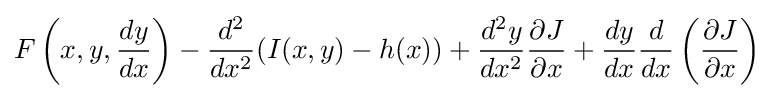
F\left(x,y,{dy \over dx}\right)-{d^{2} \over dx^{2}}(I(x,y)-h(x))+{d^{2}y \over dx^{2}}{\partial J \over \partial x}+{dy \over dx}{d \over dx}\left({\partial J \over \partial x}\right)